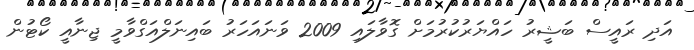
އަދި ރައީސް ބަޝީރު ހައްޔަރުކުރުމަށް ގޮވާލައި 2009 ވަނައަހަރު ބައިނަލްއަގްވާމީ ޖިނާއީ ކޯޓުން